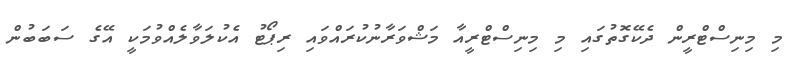
މި މިނިސްޓްރީން ދެކޭގޮތުގައި މި މިނިސްޓްރީއާ މަޝްވަރާނުކުރައްވައި ރިޕޯޓު އެކުލަވާލެއްވުމަކީ އޭގެ ސަބަބުން